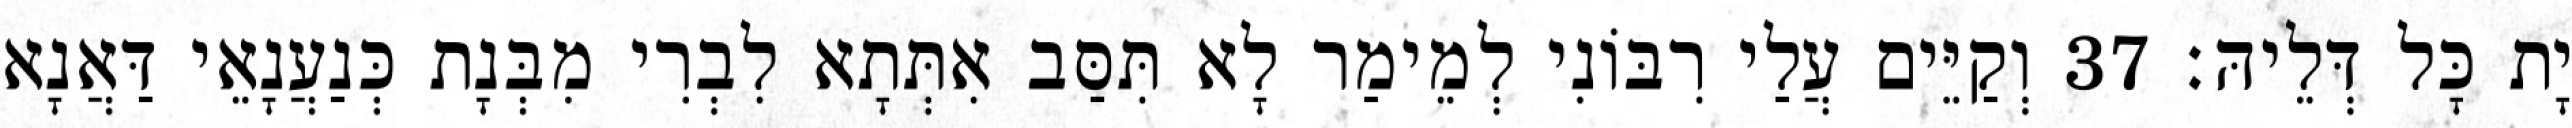
יָת כָּל דְּלֵיהּ׃ 37 וְקַיֵּים עֲלַי רִבּוֹנִי לְמֵימַר לָא תִּסַּב אִתְּתָא לִבְרִי מִבְּנָת כְּנַעֲנָאֵי דַּאֲנָא